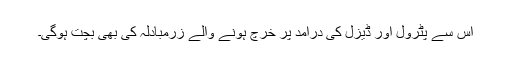
اس سے پٹرول اور ڈیزل کی درآمد پر خرچ ہونے والے زرمبادلہ کی بھی بچت ہوگی۔